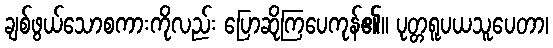
ချစ်ဖွယ်သောစကားကိုလည်း ပြောဆိုကြပေကုန်၏။ ပုတ္တရူပယသူပေတာ၊